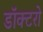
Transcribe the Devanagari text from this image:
डॉक्‍टरो